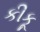
કીકૂ